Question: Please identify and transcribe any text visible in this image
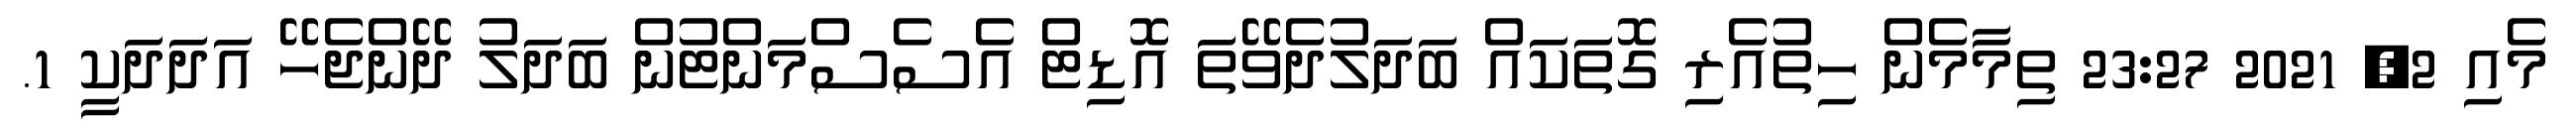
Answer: މެއި 2, 2021 23:27 ތިމާމެން ހިތުއެރި ގޮތަކައް ބަދަލުދެވޭތަ އޮޑިޓް އެސެސްމަންޓުން ބަދަލު ދޭންޖެހޭ އަދަދަކީ 1.